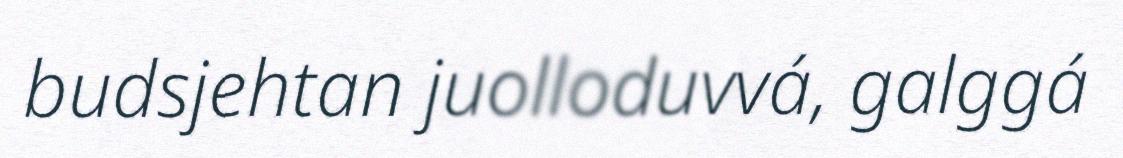
budsjehtan juolloduvvá, galggá